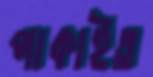
পাকাইত